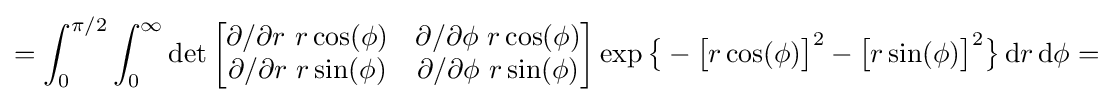
=\int _{0}^{\pi /2}\int _{0}^{\infty }\det {\begin{bmatrix}\partial /\partial r\,\,r\cos(\phi )&\partial /\partial \phi \,\,r\cos(\phi )\\\partial /\partial r\,\,r\sin(\phi )&\partial /\partial \phi \,\,r\sin(\phi )\end{bmatrix}}\exp {\bigl \{}-{\bigl [}r\cos(\phi ){\bigr ]}^{2}-{\bigl [}r\sin(\phi ){\bigr ]}^{2}{\bigr \}}\,\mathrm {d} r\,\mathrm {d} \phi =